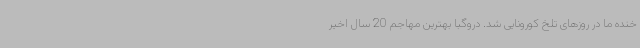
خنده ما در روزهای تلخ کورونایی شد. دروگبا بهترین مهاجم 20 سال اخیر